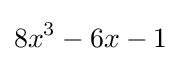
8x^{3}-6x-1